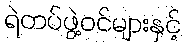
ရဲတပ်ဖွဲ့ဝင်များနှင့်